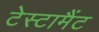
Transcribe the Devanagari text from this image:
टेस्टामैंट